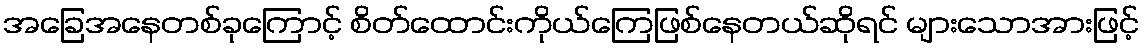
အခြေအနေတစ်ခုကြောင့် စိတ်ထောင်းကိုယ်ကြေဖြစ်နေတယ်ဆိုရင် များသောအားဖြင့်